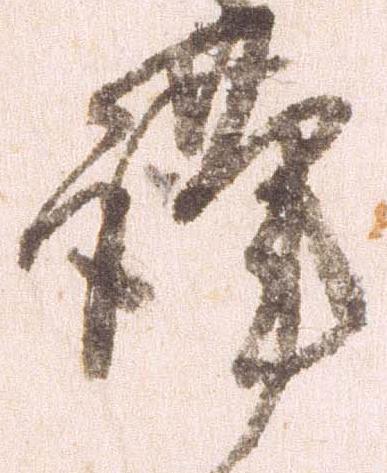
謹